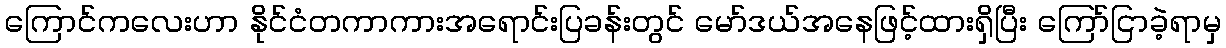
ကြောင်ကလေးဟာ နိုင်ငံတကာကားအရောင်းပြခန်းတွင် မော်ဒယ်အနေဖြင့်ထားရှိပြီး ကြော်ငြာခဲ့ရာမှ